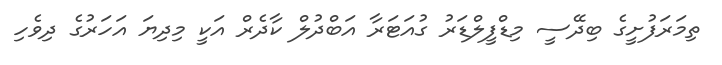
ތިމަރަފުށީގެ ބިދޭސީ މިޑްފީލްޑަރު ގުއަޓަރާ އަބްދުލް ކާދެރް އަކީ މިދިޔަ އަހަރުގެ ދިވެހި